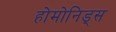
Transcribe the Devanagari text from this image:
होमोनिड्स